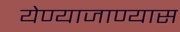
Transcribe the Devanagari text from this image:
येण्याजाण्यास